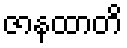
ဇာနထာတိ